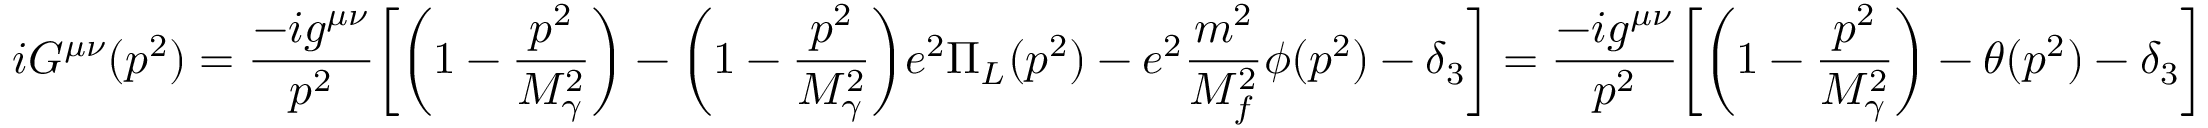
i G ^ { \mu \nu } ( p ^ { 2 } ) = \frac { - i g ^ { \mu \nu } } { p ^ { 2 } } \biggl [ \biggl ( 1 - \frac { p ^ { 2 } } { M _ { \gamma } ^ { 2 } } \biggr ) - \biggl ( 1 - \frac { p ^ { 2 } } { M _ { \gamma } ^ { 2 } } \biggr ) e ^ { 2 } \Pi _ { L } ( p ^ { 2 } ) - e ^ { 2 } \frac { m ^ { 2 } } { M _ { f } ^ { 2 } } \phi ( p ^ { 2 } ) - \delta _ { 3 } \biggr ] = \frac { - i g ^ { \mu \nu } } { p ^ { 2 } } \biggl [ \biggl ( 1 - \frac { p ^ { 2 } } { M _ { \gamma } ^ { 2 } } \biggr ) - \theta ( p ^ { 2 } ) - \delta _ { 3 } \biggr ]